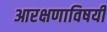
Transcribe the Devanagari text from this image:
आरक्षणाविषयी